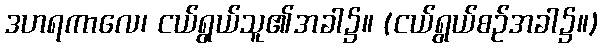
ဒဟရကာလေ၊ ငယ်ရွယ်သူ၏အခါ၌။ (ငယ်ရွယ်စဉ်အခါ၌။)